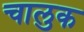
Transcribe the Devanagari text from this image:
चालुक